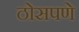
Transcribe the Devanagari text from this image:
ठोसपणे